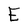
Character: E